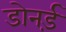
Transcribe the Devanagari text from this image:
डोनर्ड़